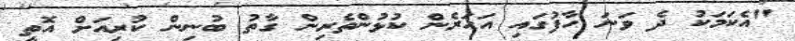
"އެކަމަކު ދެ ވަނަ ހާފުގައި އަހަރެން ކުޅުންތެރިން ގާތު ބުނިން ކުރިއަށް އޮތީ